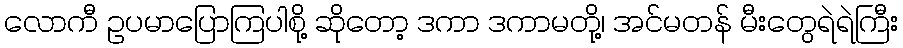
လောကီ ဥပမာပြောကြပါစို့ ဆိုတော့ ဒကာ ဒကာမတို့၊ အင်မတန် မီးတွေရဲရဲကြီး